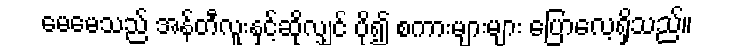
မေမေသည် အန်တီလူးနှင့်ဆိုလျှင် ပို၍ စကားများများ ပြောလေ့ရှိသည်။